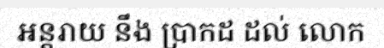
អន្តរាយ នឹង ប្រាកដ ដល់ លោក